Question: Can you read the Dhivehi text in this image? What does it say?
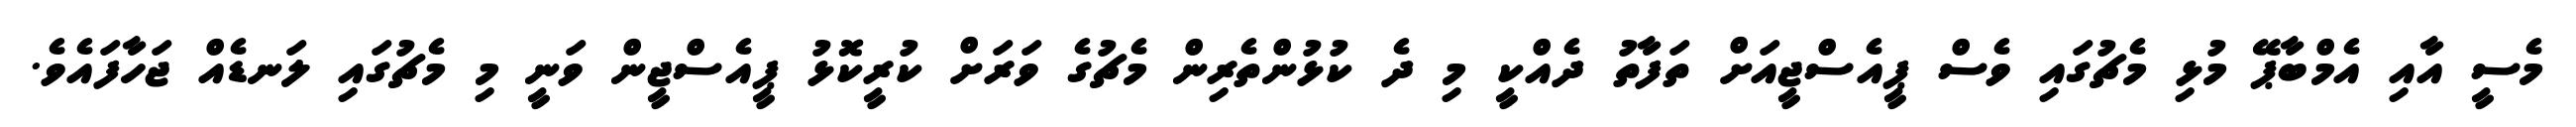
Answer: މެސީ އާއި އެމްބާޕޭ މުޅި މެޗުގައި ވެސް ޕީއެސްޖީއަށް ތަފާތު ދެއްކީ މި ދެ ކުޅުންތެރިން މެޗުގެ ވަރަށް ކުރީކޮޅު ޕީއެސްޖީން ވަނީ މި މެޗުގައި ލަނޑެއް ޖަހާފައެވެ.